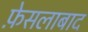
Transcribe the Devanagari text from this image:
फ़ेसलाबाद